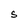
Character: S